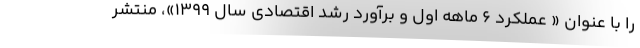
را با عنوان « عملکرد ۶ ماهه اول و برآورد رشد اقتصادی سال ۱۳۹۹»، منتشر